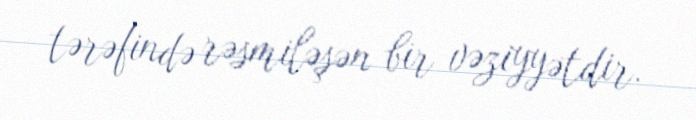
tərəfində rəsmiləşən bir vəziyyətdir.